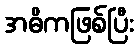
အဓိကဖြစ်ပြီး